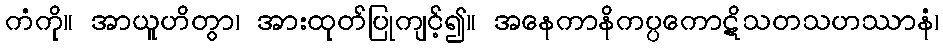
ကံကို။ အာယူဟိတွာ၊ အားထုတ်ပြုကျင့်၍။ အနေကာနိကပ္ပကောဋိသတသဟဿာနံ၊